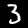
Label: 3